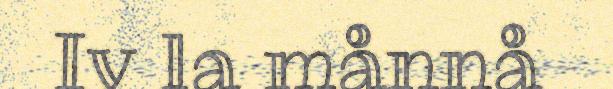
Iv la månnå